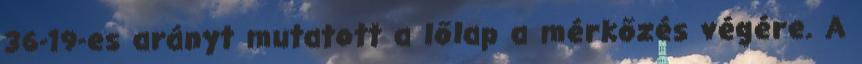
36-19-es arányt mutatott a lőlap a mérkőzés végére. A